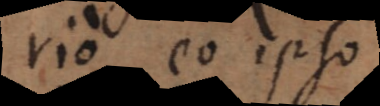
rio eo ipso